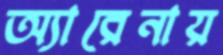
অ্যারেনায়